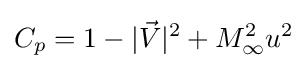
C_{p}=1-|{\vec {V}}|^{2}+M_{\infty }^{2}u^{2}